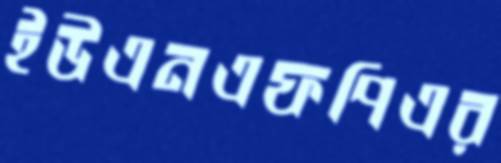
ইউএনএফপিএর